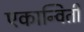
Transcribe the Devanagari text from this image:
एकान्विती